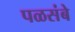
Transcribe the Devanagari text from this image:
पळसंबे